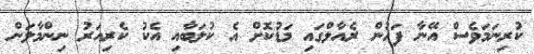
ކުރިނަމަވެސް އޭނާ ފަހުން ރެއާލްގައި މަޑުކޮށް އެ ކުލަބާއި އެކު ކެރިއަރު ނިންމާލަން